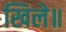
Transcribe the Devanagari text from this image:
खिले॥